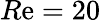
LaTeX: R\mathrm{e}=20